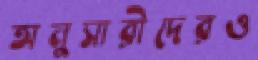
অনুসারীদেরও